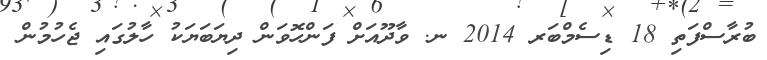
ބުރާސްފަތި 18 ޑިސެމްބަރ 2014 ނ. ވާދޫއަށް ފަންހޮވަން ދިޔަބަޔަކު ހާލުގައި ޖެހުމުން